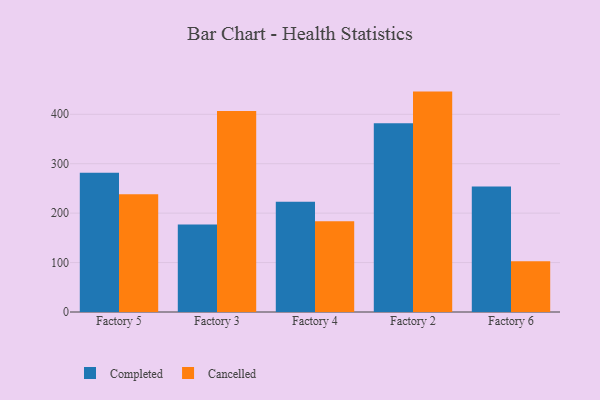
{"axis": {"x": "Factory", "y": "Population (Million)"}, "legend": ["Cancelled", "Completed"], "data": [{"x": "Factory 5", "y": 281.9, "type": "Completed"}, {"x": "Factory 5", "y": 238.2, "type": "Cancelled"}, {"x": "Factory 3", "y": 176.8, "type": "Completed"}, {"x": "Factory 3", "y": 406.6, "type": "Cancelled"}, {"x": "Factory 4", "y": 223.1, "type": "Completed"}, {"x": "Factory 4", "y": 183.8, "type": "Cancelled"}, {"x": "Factory 2", "y": 382.1, "type": "Completed"}, {"x": "Factory 2", "y": 445.9, "type": "Cancelled"}, {"x": "Factory 6", "y": 253.9, "type": "Completed"}, {"x": "Factory 6", "y": 102.6, "type": "Cancelled"}]}